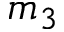
m _ { 3 }